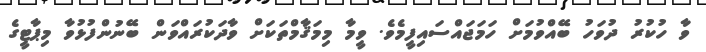
ވާ ހުކުރު ދުވަހު ބޭއްވުމަށް ހަމަޖައްސައިފީމެވެ. ވީމާ މިމަޤާމްތަކަށް ވާދަކުރައްވަން ބޭނުންފުޅުވާ މިޕާޓީގެ